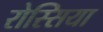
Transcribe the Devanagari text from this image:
रोस्सिया